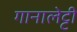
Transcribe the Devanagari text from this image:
गानालेट्टी